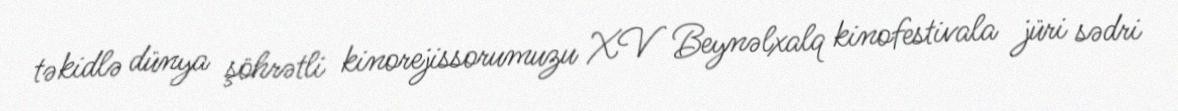
təkidlə dünya şöhrətli kinorejissorumuzu XV Beynəlxalq kinofestivala jüri sədri